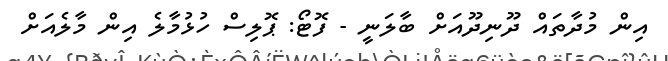
އިން މުދާތައް ދޫނިދޫއަށް ބާލަނީ - ފޮޓޯ: ޕޮލިސް ހުޅުމާލެ އިން މާލެއަށް